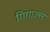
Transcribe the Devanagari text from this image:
गिगाल्स